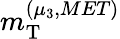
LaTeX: m_{\mathrm{T}}^{\left(\mu_{3},MET\right)}